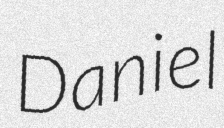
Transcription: Daniel